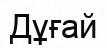
Дұғай